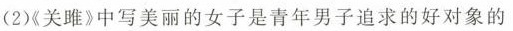
(2)《关雎》中写美丽的女子是青年男子追求的好对象的